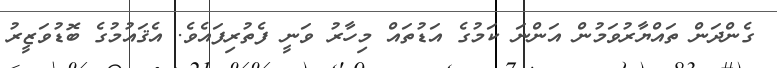
ގެންދަން ތައްޔާރުވަމުން އަންނަ ކަމުގެ އަޑުތައް މިހާރު ވަނީ ފެތުރިފައެވެ. އެޤައުމުގެ ބޮޑުވަޒީރު